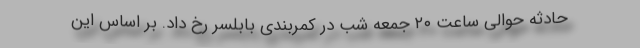
حادثه حوالی ساعت ۲۰ جمعه شب در کمربندی بابلسر رخ داد. بر اساس این